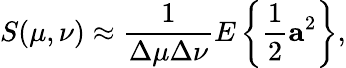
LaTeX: S(\mu,\nu)\approx\frac{1}{\Delta\mu\Delta\nu}E\left\lbrace\frac{1}{2}\mathbf{a}^{2}\right\rbrace,